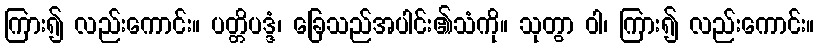
ကြား၍ လည်းကောင်း။ ပတ္တိပဒ္ဒံ၊ ခြေသည်အပါင်း၏သံကို။ သုတွာ ဝါ၊ ကြား၍ လည်းကောင်း။